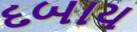
દબાય